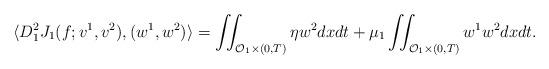
LaTeX: \begin{align*}\langle D^2_1 J_1(f;v^1,v^2),(w^1,w^2) \rangle &= \iint_{\mathcal{O}_1 \times (0,T)} \eta w^2 dxdt + \mu_1 \iint_{\mathcal{O}_1 \times (0,T)} w^1 w^2 dxdt.\end{align*}